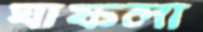
ঘাফলা